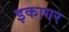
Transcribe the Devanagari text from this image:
इकागर